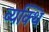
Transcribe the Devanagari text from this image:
व्यक्थि